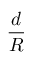
\frac { d } { R }